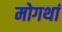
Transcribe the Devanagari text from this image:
मोगथां